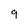
Character: q